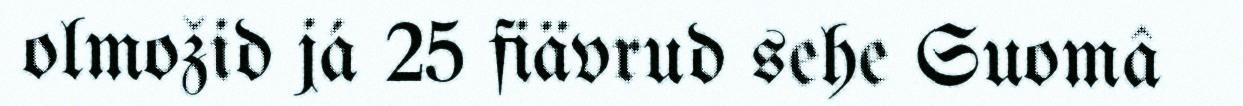
olmožid já 25 fiävrud sehe Suomâ